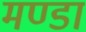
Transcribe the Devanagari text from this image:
मण्डा